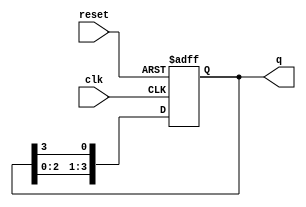
module ring_counter (
    input wire clk,          // Clock signal
    input wire reset,        // Reset signal
    output reg [3:0] q       // 4-bit output
);

// Initial state for the ring counter
initial begin
    q = 4'b1000; // Initial state: 1000
end

// Sequential logic for the ring counter
always @(posedge clk or posedge reset) begin
    if (reset) begin
        q <= 4'b1000; // Reset state: 1000
    end else begin
        // Shift the '1' to the right
        q <= {q[2:0], q[3]}; // Move the '1' through the flip-flops
    end
end

endmodule